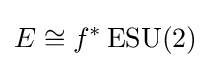
E\cong f^{*}\operatorname {ESU} (2)